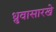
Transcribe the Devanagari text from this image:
ध्रुवासारखे